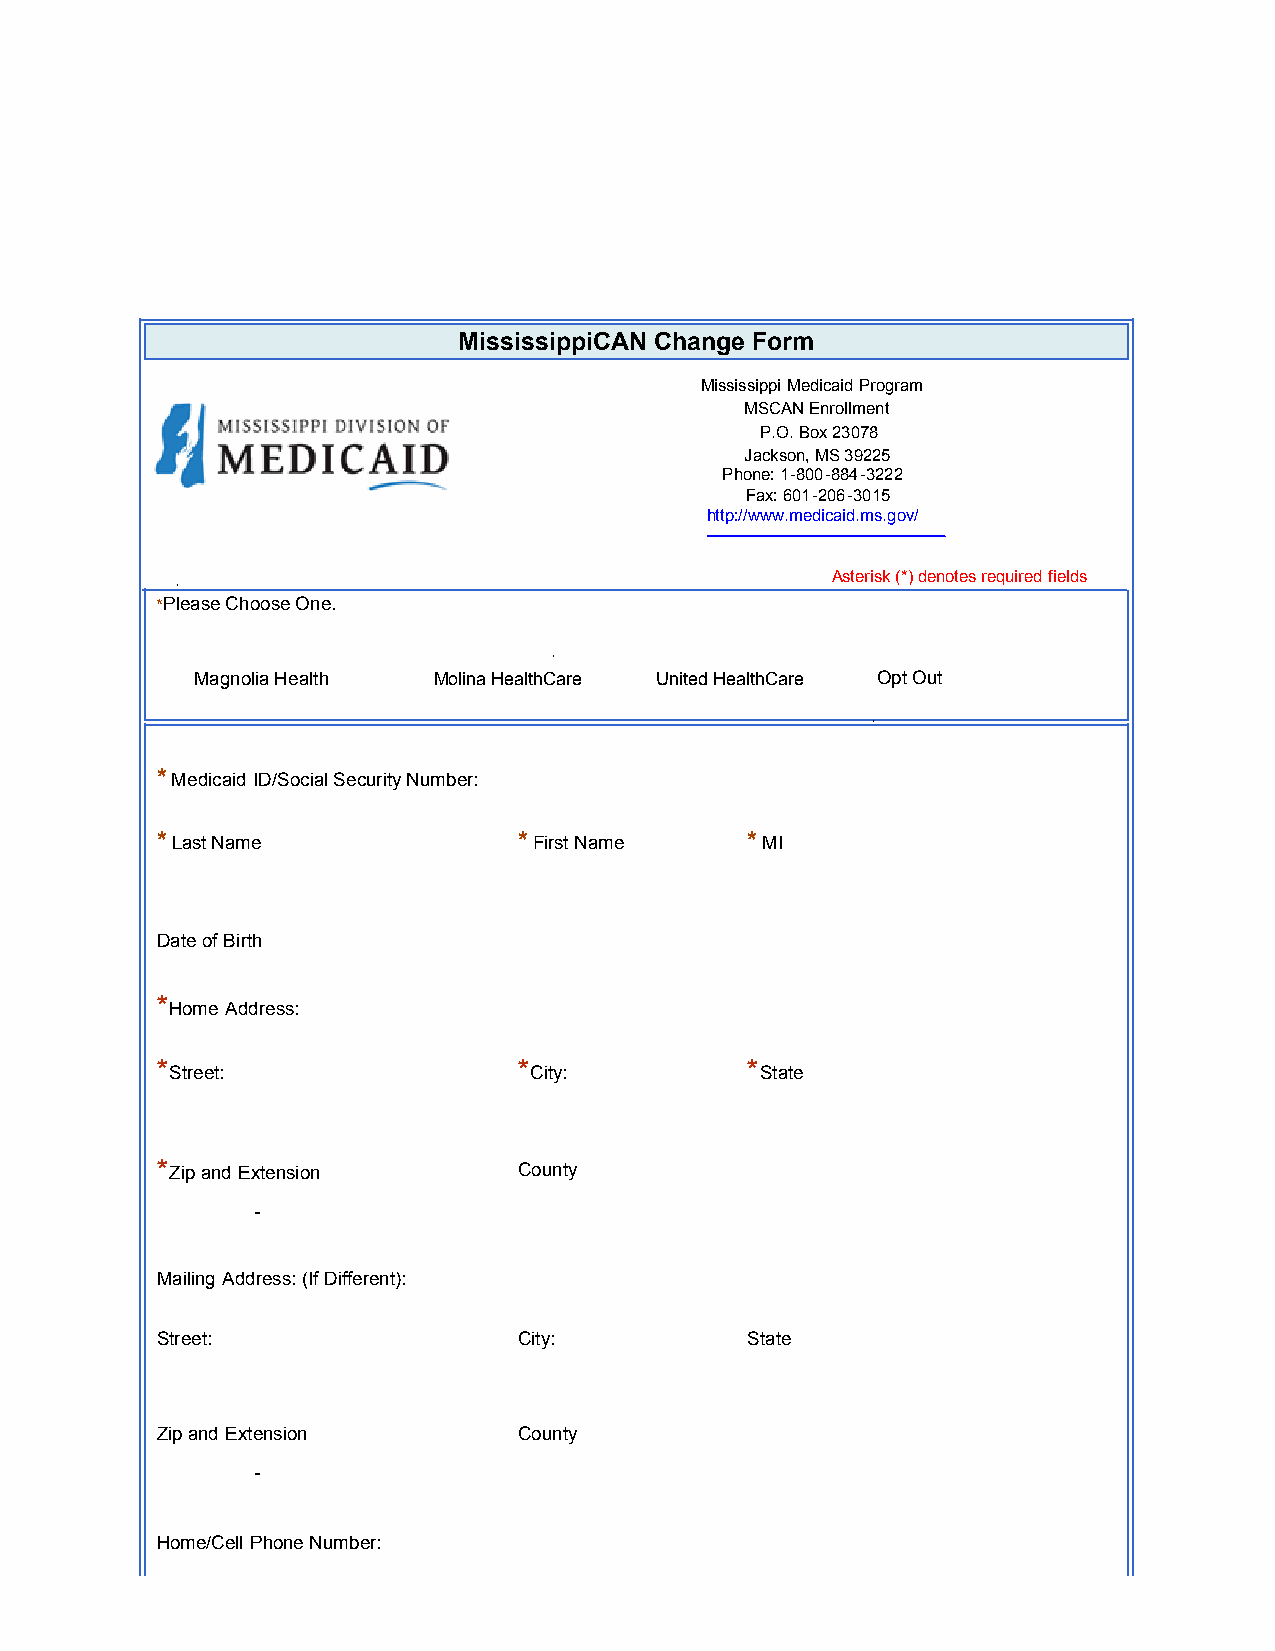
Beneficiary Reach Us  FAQ     Search
 MississippiCAN Change Form
 Mississippi Medicaid Program
 MSCAN Enrollment
 P.O. Box 23078
 Jackson, MS 39225
 Phone: 1-800-884-3222
 Fax: 601-206-3015
 http://www.medicaid.ms.gov/
 .                                          Asterisk (*) denotes required fields
 *Please Choose One.
 .
 Magnolia Health Molina Healt hCare United HealthCare Opt Out
 .
 * Medicaid ID/Social Security Number:
 * Last Name             * First Name   * MI
 Date of Birth
 *Home Address:
 *Street:                *City:         *State
 *Zip and Extension      County
 -
 Mailing Address: (If Different):
 Street:                 City:          State
 Zip and Extension       County
 -
 Home/Cell Phone Number: